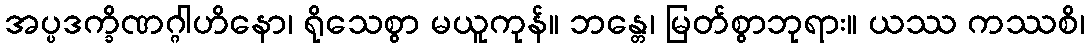
အပ္ပဒက္ခိဏဂ္ဂါဟိနော၊ ရိုသေစွာ မယူကုန်။ ဘန္တေ၊ မြတ်စွာဘုရား။ ယဿ ကဿစိ၊